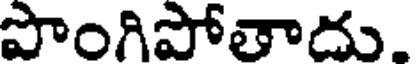
పొంగిపోతాదు.